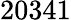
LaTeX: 20341